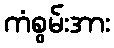
ကံစွမ်းအား